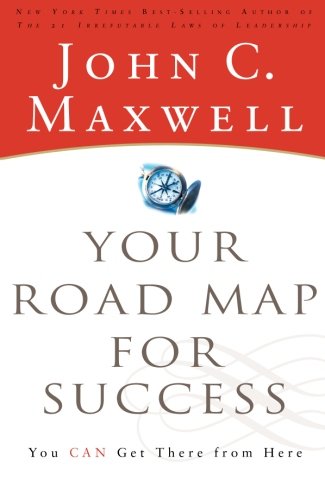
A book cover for Your Road Map for Success: You Can Get There from Here; John C. Maxwell; Health, Fitness & Dieting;